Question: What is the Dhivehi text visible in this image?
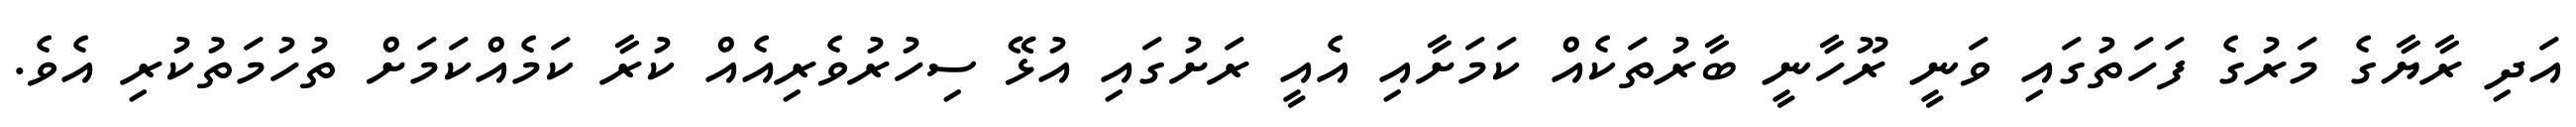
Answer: އަދި ރާޔާގެ މަރުގެ ފަހަތުގައި ވަނީ ރޫހާނީ ބާރުތަކެއް ކަމަށާއި އެއީ ރަށުގައި އުޅޭ ސިހުރުވެރިއެއް ކުރާ ކަމެއްކަމަށް ތުހުމަތުކުރި އެވެ.